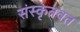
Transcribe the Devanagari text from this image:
संस्कृतवत